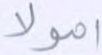
أموالا